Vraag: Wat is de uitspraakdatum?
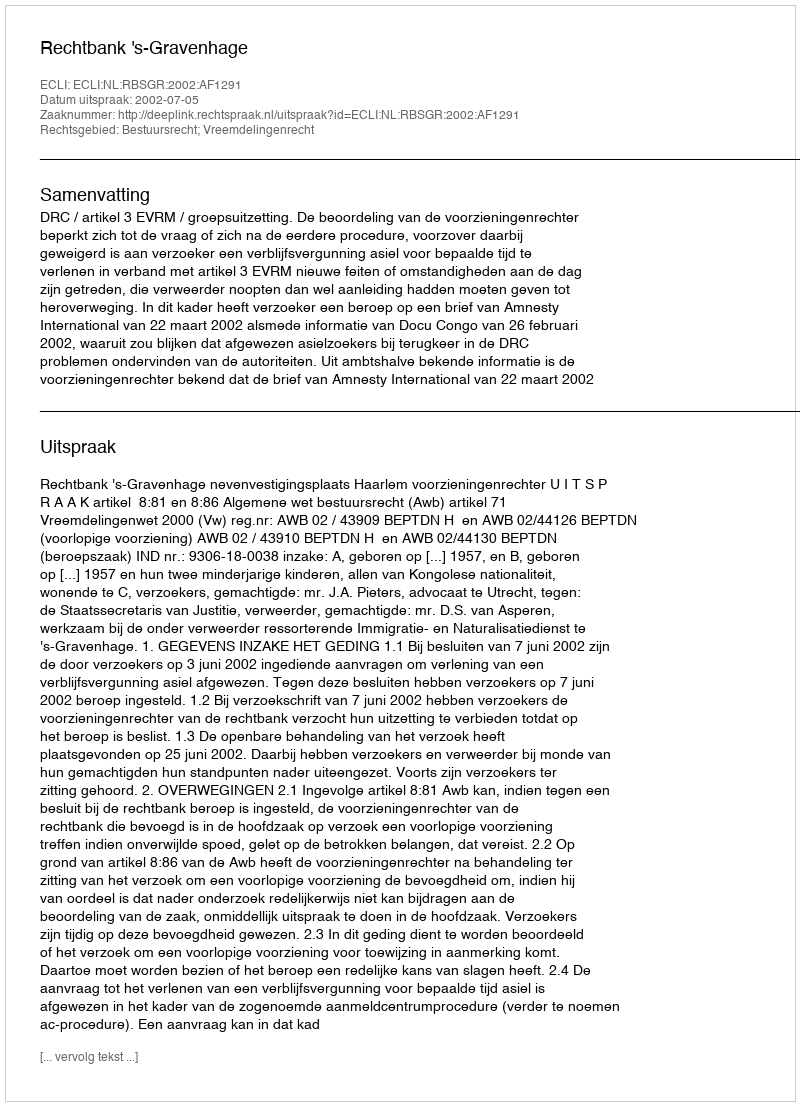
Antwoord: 2002-07-05